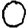
Digit: 0